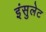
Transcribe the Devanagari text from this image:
इंसुलेट